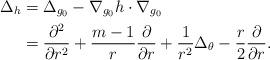
LaTeX: \begin{align*}\Delta_h&= \Delta_{g_0}-\nabla_{g_0} h\cdot\nabla_{g_0}\\&=\frac{\partial^2}{\partial r^2}+ \frac{m-1}{r}\frac{\partial}{\partial r}+\frac{1}{r^2} \Delta_\theta-\frac{r}{2}\frac{\partial}{\partial r}.\\\end{align*}